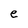
Character: e